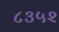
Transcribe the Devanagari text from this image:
८३५२